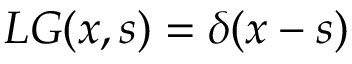
L G ( x , s ) = \delta ( x - s )